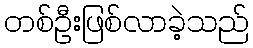
တစ်ဦးဖြစ်လာခဲ့သည်